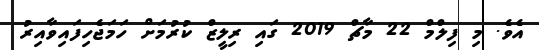
އެވެ. މި ފިލްމް 22 މާޗް 2019 ގައި ރިލީޒް ކުރުމަށް ހަމަޖެހިފައިވާއިރު